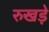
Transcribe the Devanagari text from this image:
रुखड़े